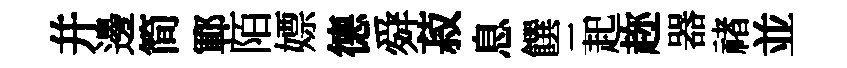
幷邊简鄆陌嫖德舜菽息饌三起趂器禇並